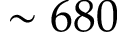
\sim 6 8 0